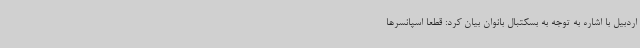
اردبیل با اشاره به توجه به بسکتبال بانوان بیان کرد: قطعا اسپانسرها